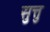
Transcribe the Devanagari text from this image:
सुत्तु